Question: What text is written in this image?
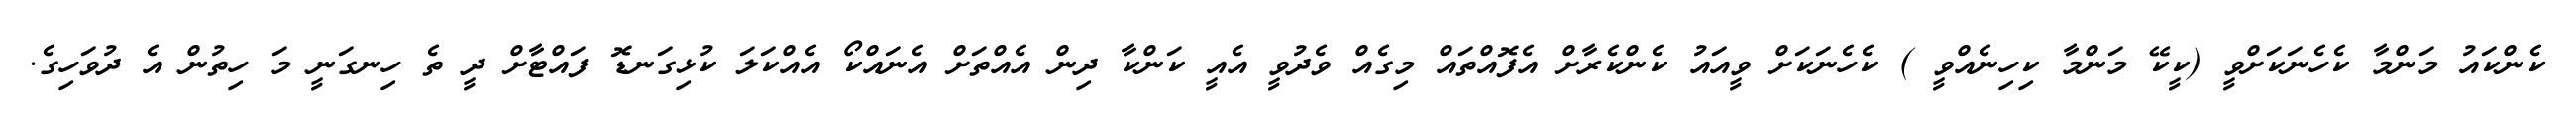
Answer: ކެންކައު މަންމާ ކެހެނަކަށްވީ (ކީކޭ މަންމާ ކިހިނެއްވީ ) ކެހެނަކަށް ވީއައު ކެންކެރާށް އެފޮއްތައް މިގެއް ވެދުވީ އެއީ ކަންކާ ދިން އެއްތަށް އެނައްކޯ އެއްކަލަ ކުޅިގަނޑޮ ފައްޓާށް ދީ ތެ ހިނގަނީ މަ ހިތުން އެ ދުވަހިގެ.